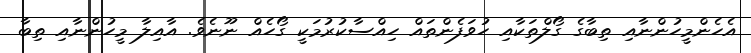
އެހެންމީހުންނާއި ތިބާގެ ގޯލްތަކާއި ހުވަފެންތައް ހިއްސާކުރުމަކީ ގޯހެއް ނޫނެވެ. އާއިލާ މީހުންނާއި ތިބާ